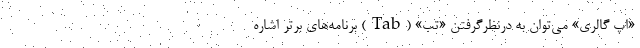
«اپ گالری» می‌توان به درنظرگرفتن «تب» (Tab) برنامه‌های برتر اشاره